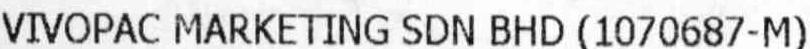
VIVOPAC MARKETING SDN BHD (1070687-M)